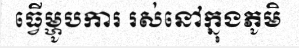
ធ្វើម្ហូបការ រស់នៅក្នុងភូមិ